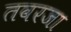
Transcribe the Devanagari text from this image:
तवरजा